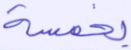
بخمسة